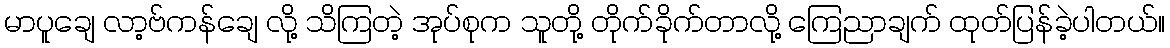
မာပူချေ လာ့ဗ်ကန်ချေ လို့ သိကြတဲ့ အုပ်စုက သူတို့ တိုက်ခိုက်တာလို့ ကြေညာချက် ထုတ်ပြန်ခဲ့ပါတယ်။